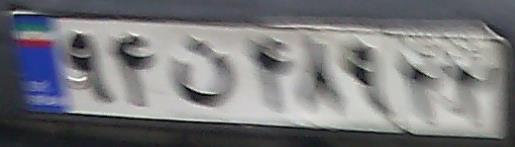
۹۴ن۴۸۹۲۲